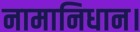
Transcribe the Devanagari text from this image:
नामानिधान।